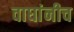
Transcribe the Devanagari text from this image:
वाघांनीच